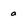
Character: a